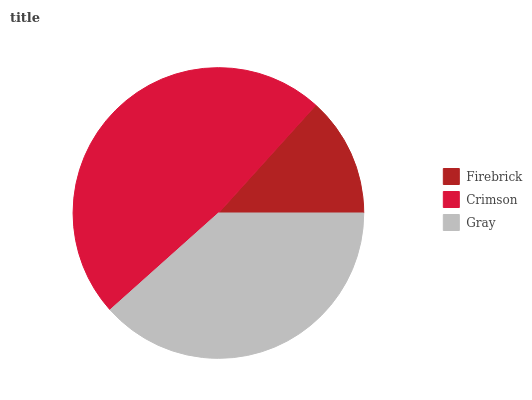
| Firebrick | Crimson | Gray |
 | --- | --- | --- |
 | 13.3% | 48.3% | 38.4% |